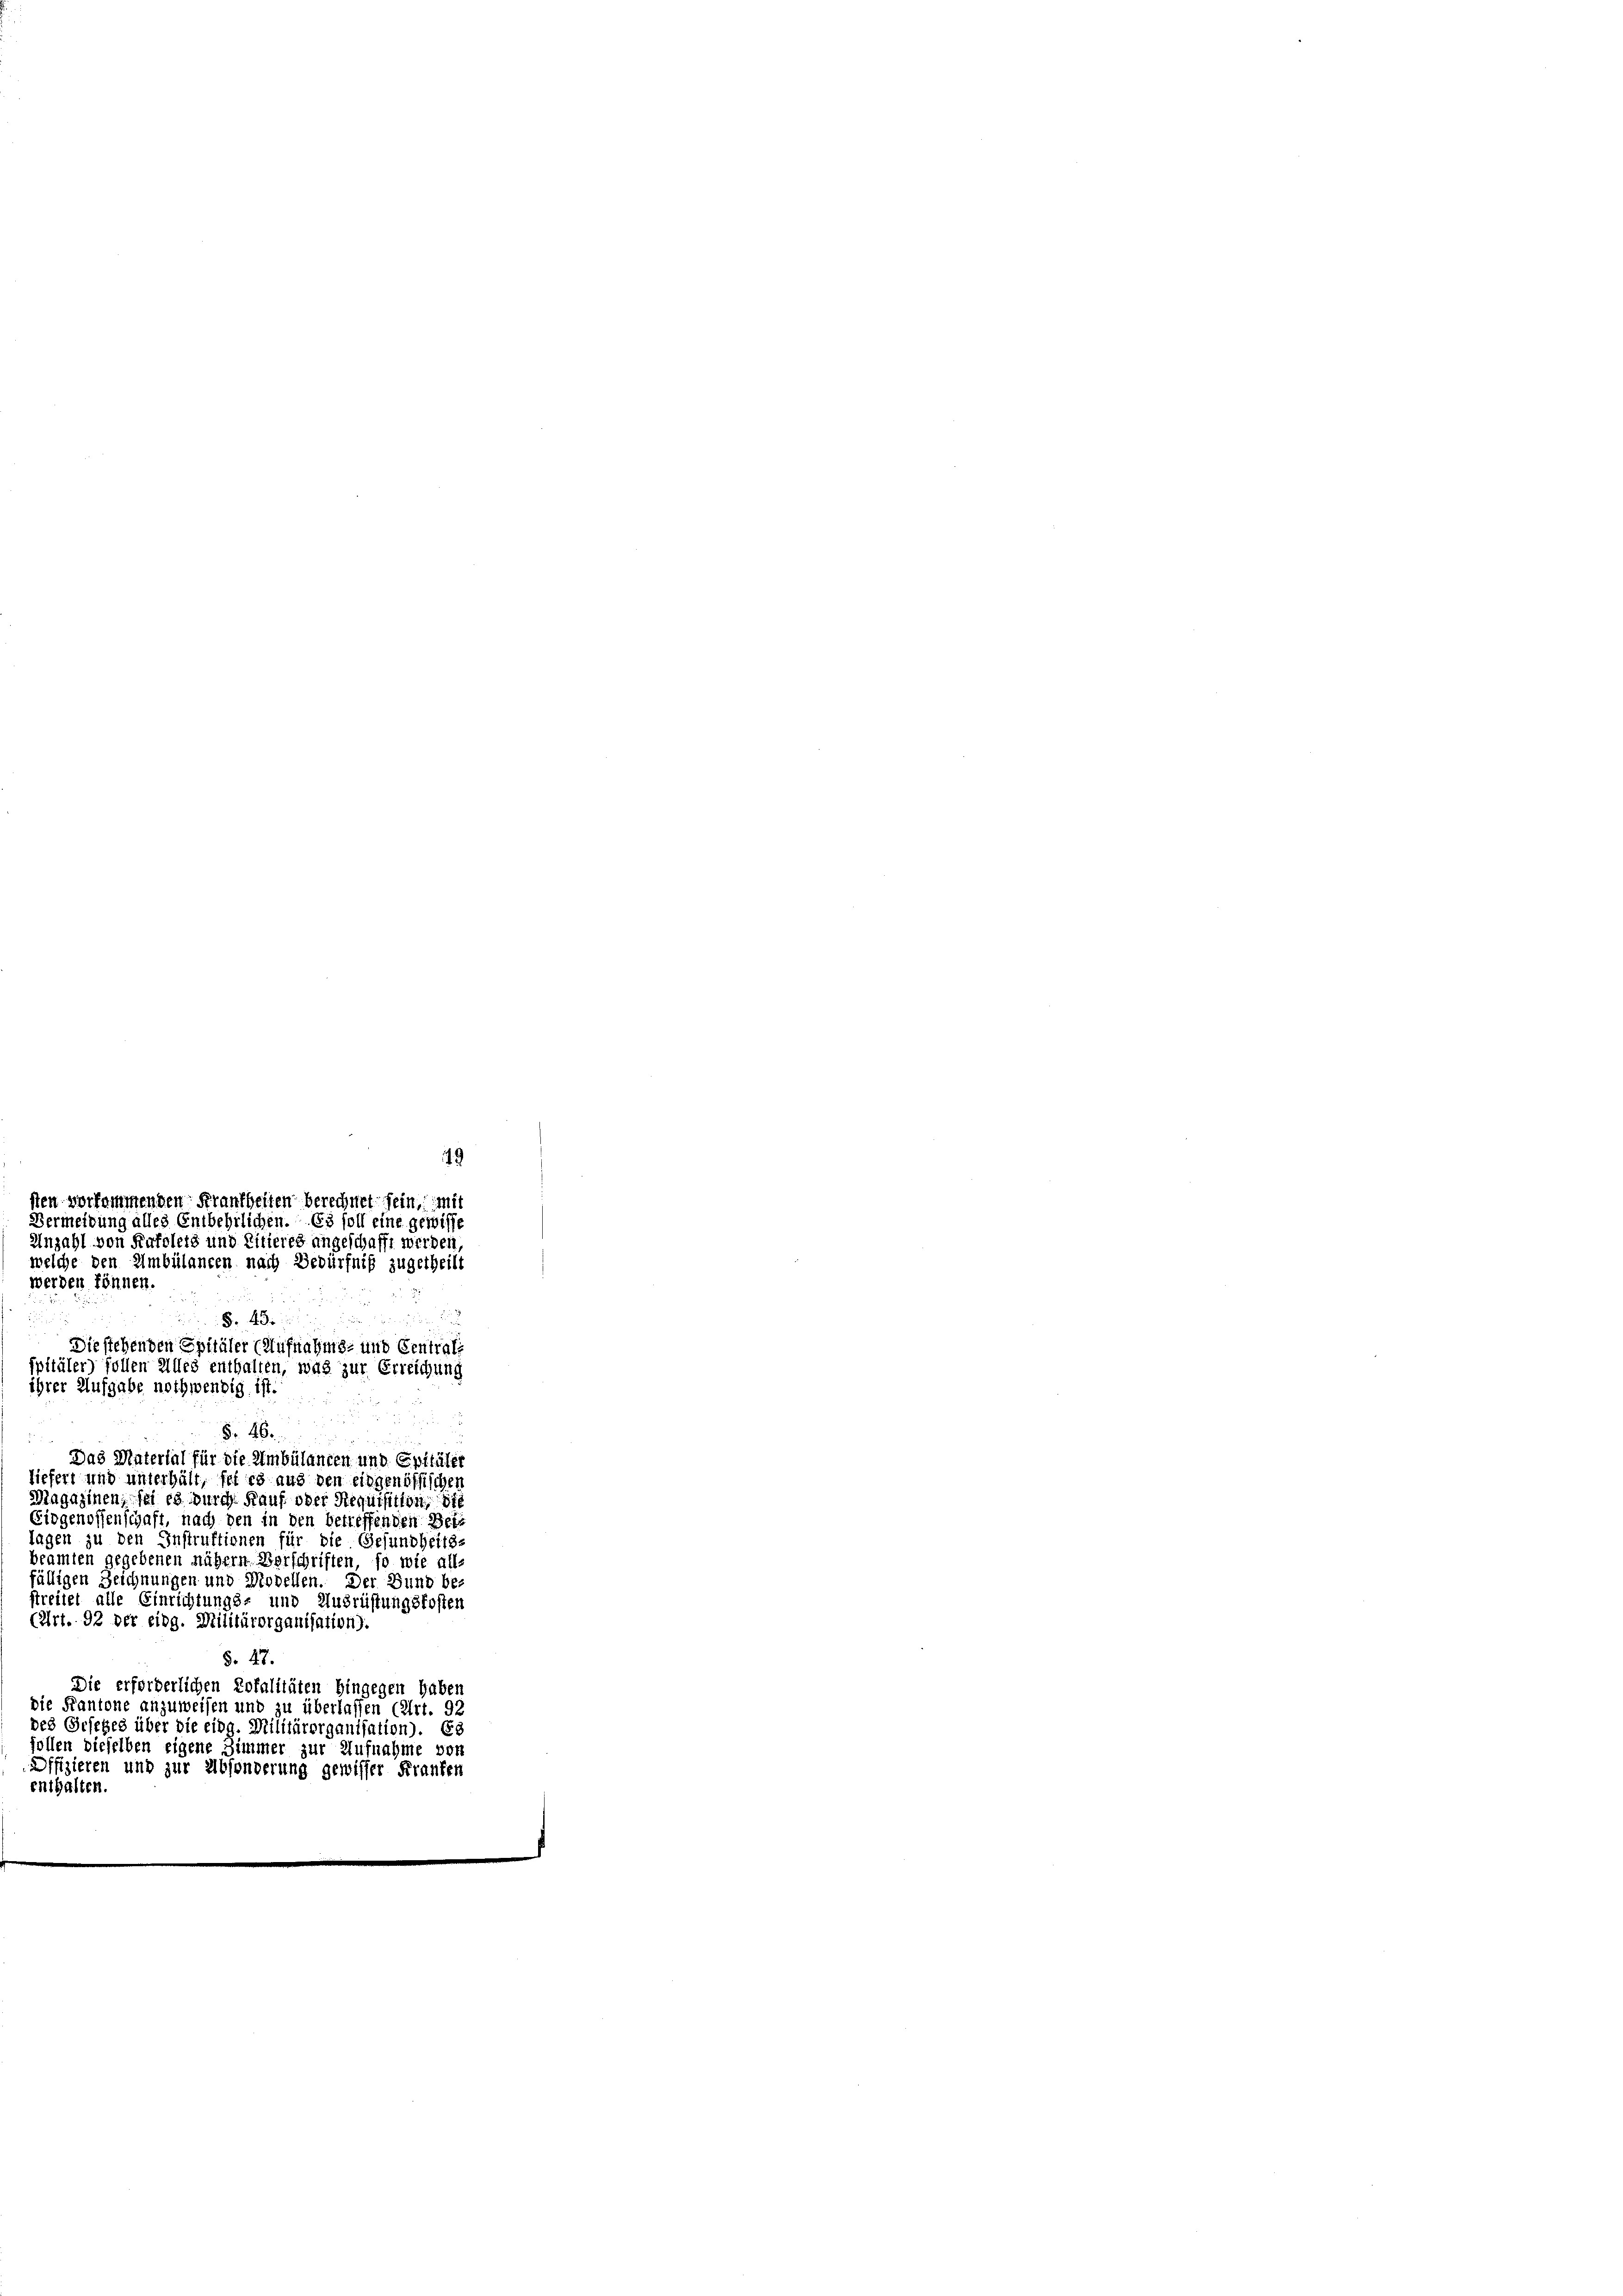
49
werden können.
und
d
 4
Diestehenden Spitäler (Aufnahms- und Centrafe
pitäler) follen alles enthalten, was zur Erreichung
ihrer Aufgabe nothwendig ist
8
§ 46.
Das Material für die Ambülanten und Epitäler
iefert und unterhält, sei es aus den eingenössischen
Magazinen, sei es durch Kauf oder Requisition di
Eidgenossenschaft, nach den in den betreffenden Beis
lagen zu den Instruktionen für die Gesundheits-
seamten gegebenen nähern Verschriften, so wie all-
fälligen Zeichnungen und Modellen. Der Bund be-
streitet alle Einrichtungs- und Ausrüstungskosten
(Art. 92 der eidg. Militärorganisation).
§. 47.
Die erforderlichen Totalitäten Hingegen haber
die Frantone anzuweisen und zu überlassen (Art. 91
des Gesetzes über die eidg. Militärorganisation). Es
ollen dieselben eigene Zimmer zur Aufnahme von
Dffizieren und zur Absonderung gewisser Franken
enthalten.
e

sten vorkommenden Frankheiten berechnet sein, mit
Vermeidung alles Entbehrlichen. Es soll eine gewisse
Anzahl von Rufsleis und Litieres angeschafft werden,
welche den Ambülancen nach Bedürfniß zugetheilt